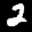
Label: 2